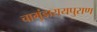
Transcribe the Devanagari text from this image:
चामुंडारायपुराण